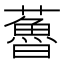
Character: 𧀦